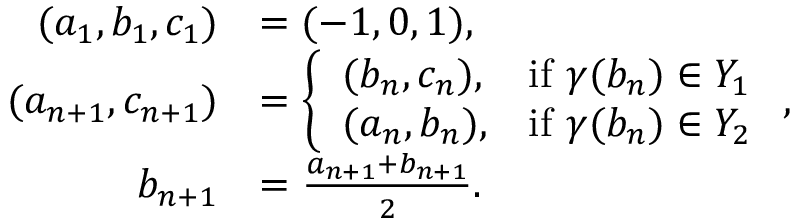
\begin{array} { r l } { ( a _ { 1 } , b _ { 1 } , c _ { 1 } ) } & { = ( - 1 , 0 , 1 ) , } \\ { ( a _ { n + 1 } , c _ { n + 1 } ) } & { = \left\{ \begin{array} { l l } { ( b _ { n } , c _ { n } ) , } & { \mathrm { i f ~ } \gamma ( b _ { n } ) \in Y _ { 1 } } \\ { ( a _ { n } , b _ { n } ) , } & { \mathrm { i f ~ } \gamma ( b _ { n } ) \in Y _ { 2 } } \end{array} \right. , } \\ { b _ { n + 1 } } & { = \frac { a _ { n + 1 } + b _ { n + 1 } } { 2 } . } \end{array}